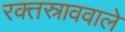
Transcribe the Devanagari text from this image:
रक्तस्राववाले